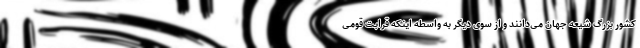
کشور بزرگ شیعه جهان می‌دانند و از سوی دیگر به واسطه اینکه قرابت قومی